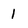
Character: 1